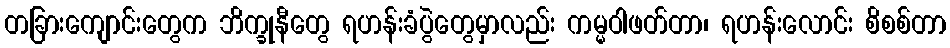
တခြားကျောင်းတွေက ဘိက္ခုနီတွေ ရဟန်းခံပွဲတွေမှာလည်း ကမ္မဝါဖတ်တာ၊ ရဟန်းလောင်း စိစစ်တာ